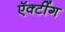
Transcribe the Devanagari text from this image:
ऍक्टींग